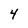
Character: 4